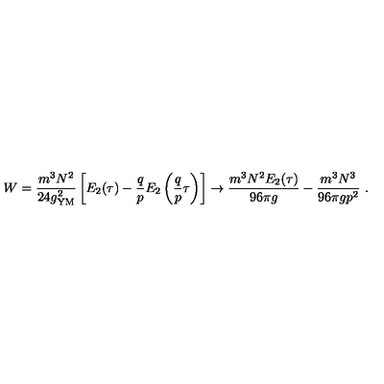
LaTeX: W = { \frac { m ^ { 3 } N ^ { 2 } } { 2 4 g _ { \mathrm { Y M } } ^ { 2 } } } \left[ E _ { 2 } ( \tau ) - { \frac { q } { p } } E _ { 2 } \left( { \frac { q } { p } } \tau \right) \right] \to { \frac { m ^ { 3 } N ^ { 2 } E _ { 2 } ( \tau ) } { 9 6 \pi g } } - { \frac { m ^ { 3 } N ^ { 3 } } { 9 6 \pi g p ^ { 2 } } } \ .